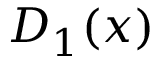
D _ { 1 } ( x )